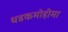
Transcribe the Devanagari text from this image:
धडकमोहीमा